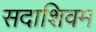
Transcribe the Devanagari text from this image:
सदाशिवम